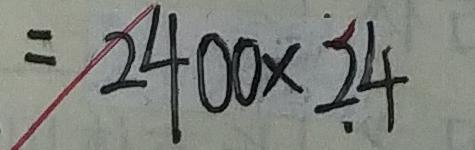
= 2 4 0 0 \times 2 4